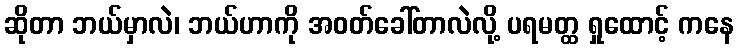
ဆိုတာ ဘယ်မှာလဲ၊ ဘယ်ဟာကို အဝတ်ခေါ်တာလဲလို့ ပရမတ္ထ ရှုထောင့် ကနေ